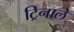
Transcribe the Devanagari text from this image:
ट्रिनाले